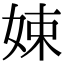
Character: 娕